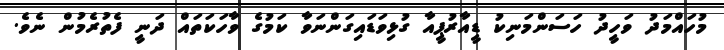
މުހައްމަދު ވަހީދު ހަސަންމަނިކު ޑީއާރުޕީއާ ގުޅިވަޑައިގަންނަވާ ކަމުގެ ވާހަކަތައް ދަނީ ފެތުރެމުން ނެވެ.